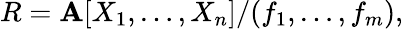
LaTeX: R=\mathbf{A}[X_{1},\ldots,X_{n}]/(f_{1},\ldots,f_{m}),